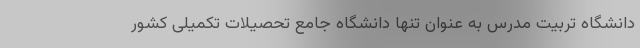
دانشگاه تربیت مدرس به عنوان تنها دانشگاه جامع تحصیلات تکمیلی کشور